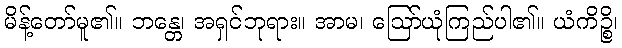
မိန့်တော်မူ၏။ ဘန္တေ၊ အရှင်ဘုရား။ အာမ၊ ဩော်ယုံကြည်ပါ၏။ ယံကိဉ္စိ၊